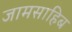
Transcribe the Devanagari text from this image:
जामसाहिब